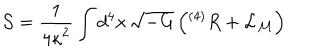
{ \cal S } = \frac { 1 } { { 4 \kappa } ^ { 2 } } \int d ^ { 4 } x \, \sqrt { - G } \left( { } ^ { ( 4 ) } R + { \cal L } _ { \cal M } \right)